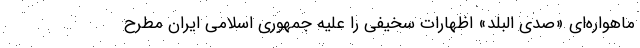
ماهواره‌ای «صدی البلد» اظهارات سخیفی را علیه جمهوری اسلامی ایران مطرح